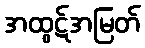
အထွဋ်အမြတ်